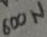
Text: 600W